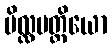
ဗိလ္လမတ္တိယော